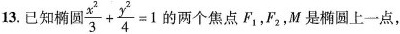
3.已知椭圆 $$\frac{x^{2}}{3}+ \frac{y^{2}}{4}=1$$ 的两个焦点F_{1}，F_{2}，M是圆上一点，